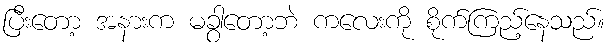
ပြီးတော့ အနားက မခွာတော့ဘဲ ကလေးကို စိုက်ကြည့်နေသည်။